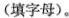
(填字母)。